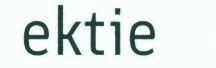
ektie